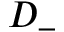
D _ { - }